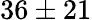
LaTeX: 36\pm 21